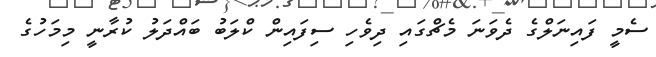
ސެމީ ފައިނަލްގެ ދެވަނަ މެޗްގައި ދިވެހި ސިފައިން ކްލަބު ބައްދަލު ކުރާނީ މިމަހުގެ